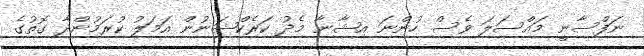
ނަފްސާނީ މައްސަލަ ވެސް ހުންނަ އިޝާނާ މެދު ކަރެކްޝަނުން އަމަލު ކުރަމުންދާ ގޮތުގެ